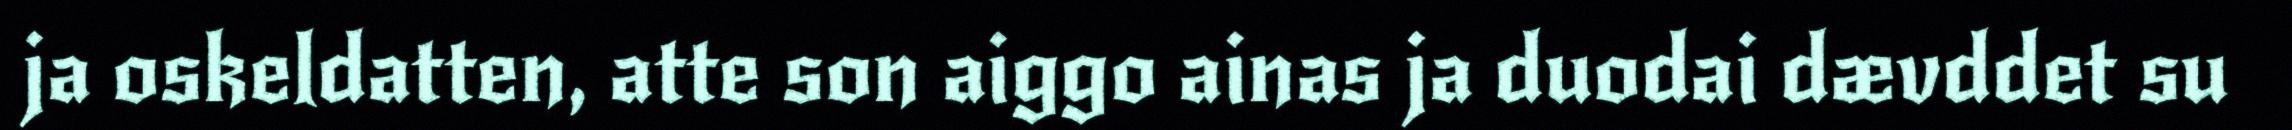
ja oskeldatten, atte son aiggo ainas ja duodai dævddet su